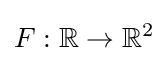
F:\mathbb {R} \rightarrow \mathbb {R} ^{2}